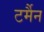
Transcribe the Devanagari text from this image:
टर्मैन